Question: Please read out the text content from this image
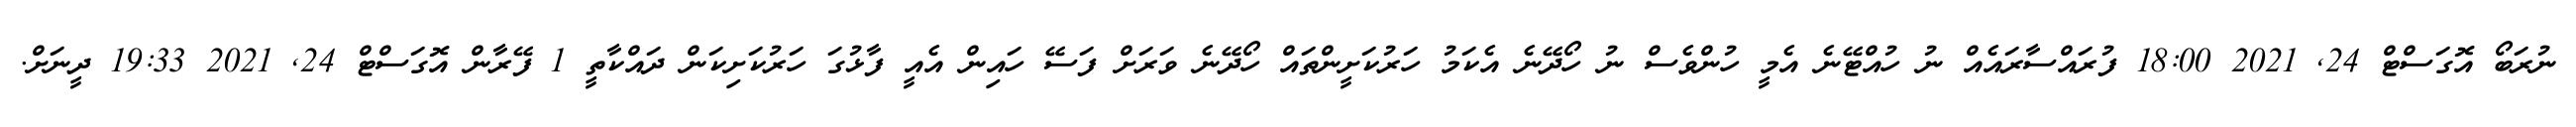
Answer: ނުރަބޯ އޮގަސްޓް 24, 2021 18:00 ފުރައްސާރައެއް ނު ހުއްޓޭނެ އެމީ ހުންވެސް ނު ހޯދޭނެ އެކަމު ހަރުކަށީންތައް ހޯދޭނެ ވަރަށް ފަސޭ ހައިން އެއީ ފާޅުގަ ހަރުކަށިކަން ދައްކާތީ 1 ފޭރާން އޮގަސްޓް 24, 2021 19:33 ދީނަށް.